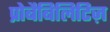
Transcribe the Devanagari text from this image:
प्रोबैबिलिटिज़